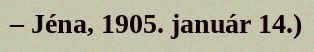
– Jéna, 1905. január 14.)